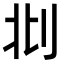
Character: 𠛙